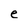
Character: e